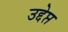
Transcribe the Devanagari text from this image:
उद्देप्त